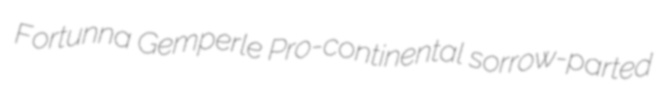
Fortunna Gemperle Pro-continental sorrow-parted